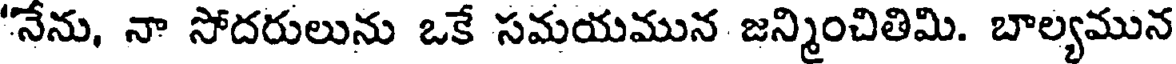
'నేను, నా సోదరులును ఒకే సమయమున జన్మించితిమి. బాల్యమున